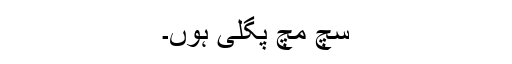
سچ مچ پگلی ہوں۔